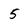
Character: 5